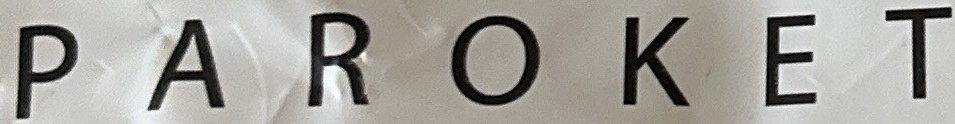
P A R O K E T